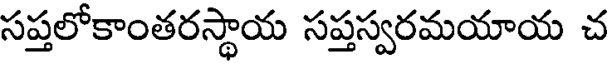
సప్తలోకాంతరస్థాయ సప్తస్వరమయాయ చ